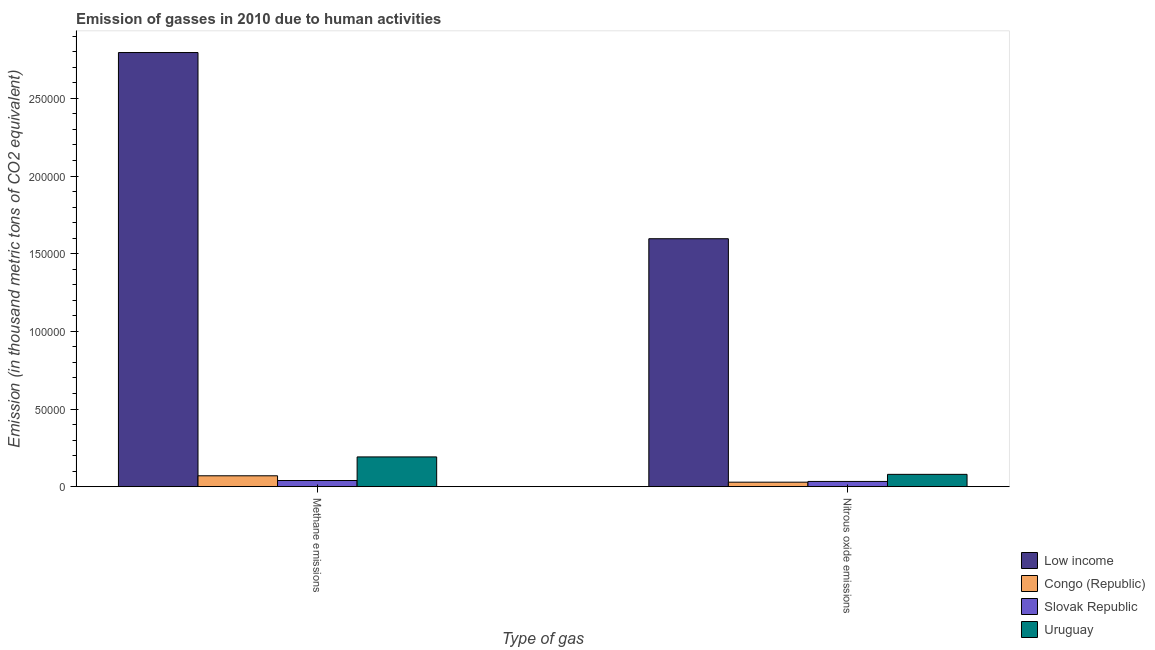
| Type of gas | Low income | Congo (Republic) | Slovak Republic | Uruguay |
 | --- | --- | --- | --- | --- |
 | Methane emissions | 2.79e+05 | 7.02e+03 | 3.98e+03 | 1.92e+04 |
 | Nitrous oxide emissions | 1.6e+05 | 2.9e+03 | 3.38e+03 | 7.95e+03 |